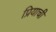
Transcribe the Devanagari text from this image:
प्रियाची